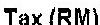
TAX(RM)